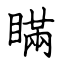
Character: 瞞